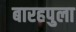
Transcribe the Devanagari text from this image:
बारहपुला